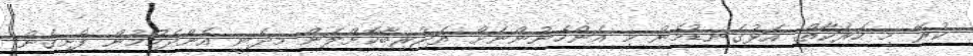
ކުރޭ މި ހަރަކާތް. އަޅުގަނޑުމެން މި އަންހެނުންނަށް ތަޖުރިބާކޮށްލަން މިދެނީ އެންދެމުމުން ފެށިގެން